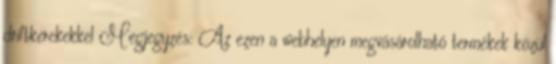
driftkerekekkel Megjegyzés: Az ezen a webhelyen megvásárolható termékek közül